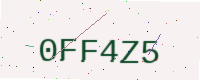
Text: 0FF4Z5